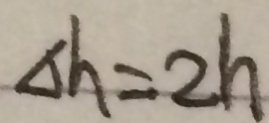
\Delta h = 2 h